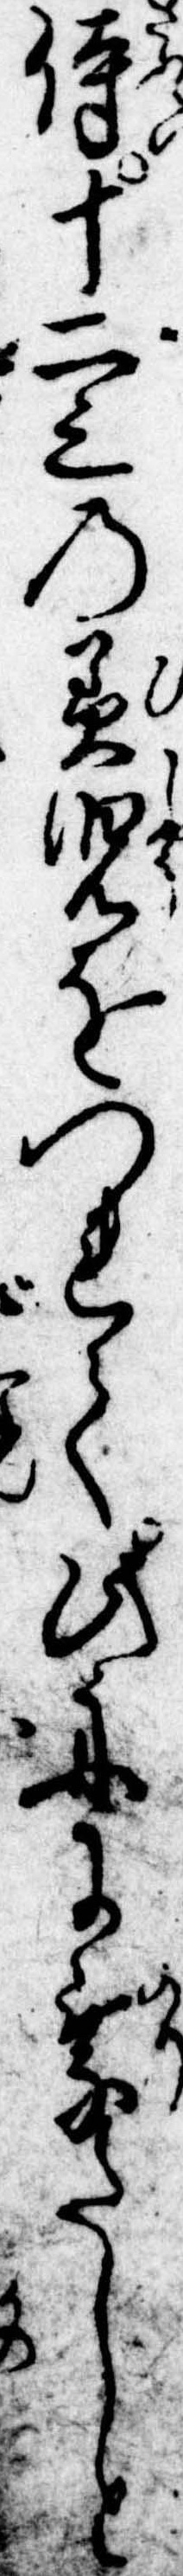
侍十二三の美児をつれて此舟に乗たしと